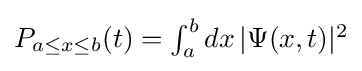
{\textstyle P_{a\leq x\leq b}(t)=\int _{a}^{b}dx\,|\Psi (x,t)|^{2}}